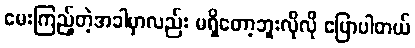
မေးကြည့်တဲ့အခါမှာလည်း မရှိတော့ဘူးလိုလို ပြောပါတယ်